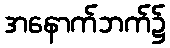
အနောက်ဘက်၌